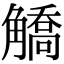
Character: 䚩